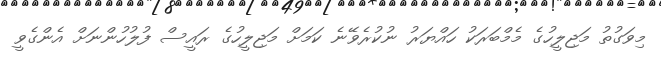
މިވަގުތު މަޖިލީހުގެ މެމްބަރަކު ހައްޔަރު ނުކުރެވޭނެ ކަމަށް މަޖިލީހުގެ ރައީސް ފުލުހުންނަށް އެންގެވީ